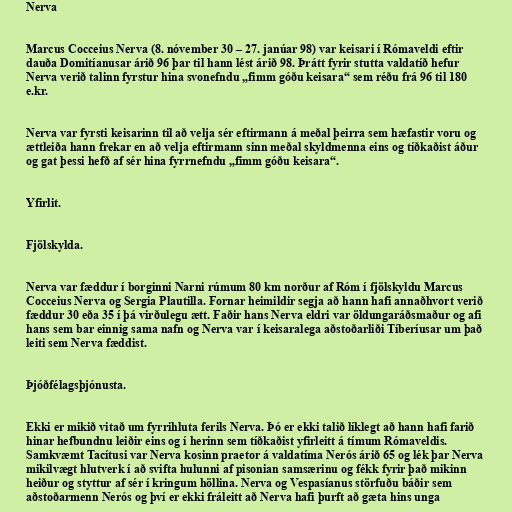
Nerva

Marcus Cocceius Nerva (8. nóvember 30 – 27. janúar 98) var keisari í Rómaveldi eftir
dauða Domitíanusar árið 96 þar til hann lést árið 98. Þrátt fyrir stutta valdatíð hefur
Nerva verið talinn fyrstur hina svonefndu „fimm góðu keisara“ sem réðu frá 96 til 180
e.kr.

Nerva var fyrsti keisarinn til að velja sér eftirmann á meðal þeirra sem hæfastir voru og
ættleiða hann frekar en að velja eftirmann sinn meðal skyldmenna eins og tíðkaðist áður
og gat þessi hefð af sér hina fyrrnefndu „fimm góðu keisara“.

Yfirlit.

Fjölskylda.

Nerva var fæddur í borginni Narni rúmum 80 km norður af Róm í fjölskyldu Marcus
Cocceius Nerva og Sergia Plautilla. Fornar heimildir segja að hann hafi annaðhvort verið
fæddur 30 eða 35 í þá virðulegu ætt. Faðir hans Nerva eldri var öldungaráðsmaður og afi
hans sem bar einnig sama nafn og Nerva var í keisaralega aðstoðarliði Tíberíusar um það
leiti sem Nerva fæddist.

Þjóðfélagsþjónusta.

Ekki er mikið vitað um fyrrihluta ferils Nerva. Þó er ekki talið líklegt að hann hafi farið
hinar hefbundnu leiðir eins og í herinn sem tíðkaðist yfirleitt á tímum Rómaveldis.
Samkvæmt Tacítusi var Nerva kosinn praetor á valdatíma Nerós árið 65 og lék þar Nerva
mikilvægt hlutverk í að svifta hulunni af pisonian samsærinu og fékk fyrir það mikinn
heiður og styttur af sér í kringum höllina. Nerva og Vespasíanus störfuðu báðir sem
aðstoðarmenn Nerós og því er ekki fráleitt að Nerva hafi þurft að gæta hins unga